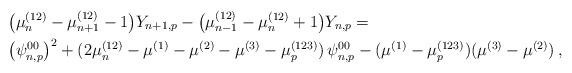
LaTeX: \begin{align*}&\big( \mu_n^{(12)}-\mu_{n+1}^{(12)}-1 \big) Y_{n+1,p}- \big( \mu_{n-1}^{(12)}-\mu_n^{(12)}+1 \big) Y_{n,p}= \\&\big(\psi^{00}_{n,p}\big)^2 + (2\mu_n^{(12)}-\mu^{(1)}-\mu^{(2)}-\mu^{(3)}-\mu_p^{(123)})\, \psi^{00}_{n,p} - (\mu^{(1)}-\mu_p^{(123)})(\mu^{(3)}-\mu^{(2)}) \,,\end{align*}